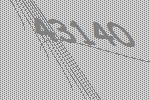
43140